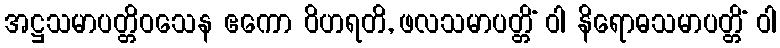
အဋ္ဌသမာပတ္တိဝသေန ဧကော ဝိဟရတိ, ဖလသမာပတ္တိံ ဝါ နိရောဓသမာပတ္တိံ ဝါ